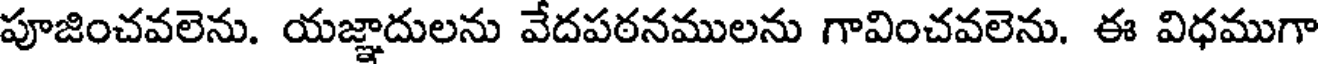
పూజించవలెను. యజ్ఞాదులను వేదపఠనములను గావించవలెను. ఈ విధముగా